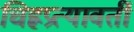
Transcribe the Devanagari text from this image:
चिह्नप्रत्यावर्ती